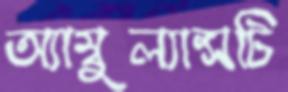
অ্যাম্বুল্যান্সটি